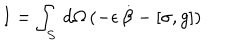
I = \int _ { S } \, d \Omega \, ( - \epsilon \, \dot { \beta } - [ \sigma , g ] )